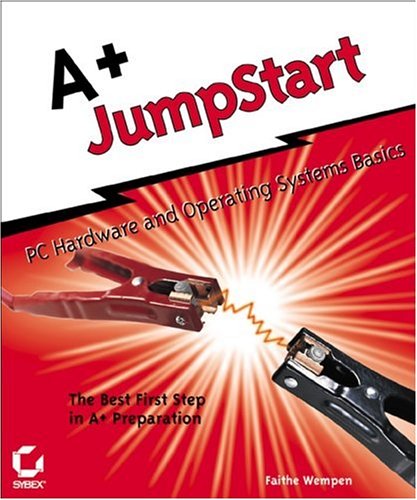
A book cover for A+ JumpStart: PC Hardware and Operating Systems Basics; Faithe Wempen; Computers & Technology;